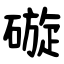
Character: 䃠